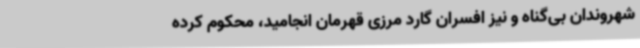
شهروندان بی‌گناه و نیز افسران گارد مرزی قهرمان انجامید، محکوم کرده